Sanitation, dispensaries and jails vaccination Rajputana 1922-1927 - 1922-1927
Year: 1922
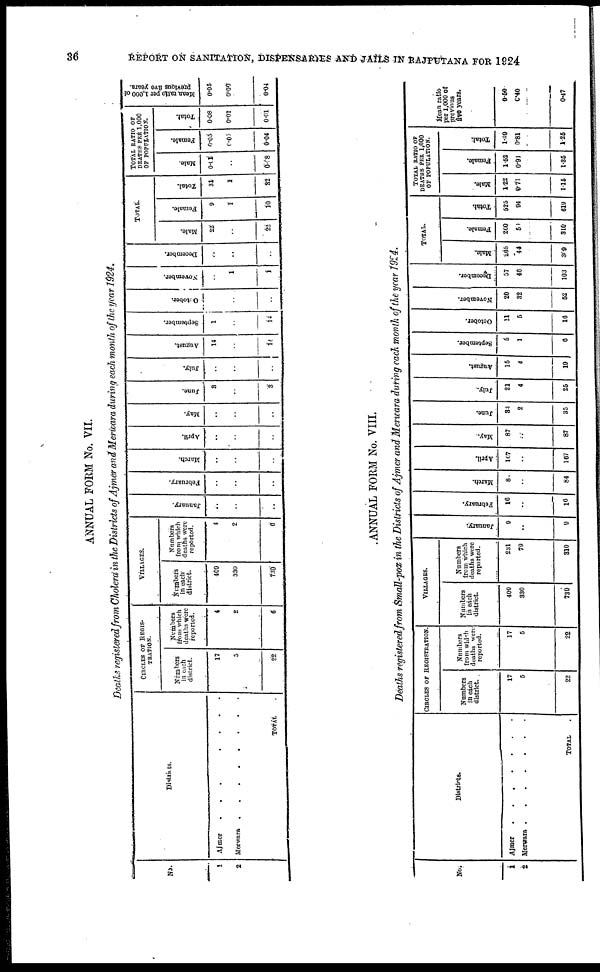
36
REPORT ON SANITATION, DISPENSARIES AND JAILS IN RAJPUTANA FOR 1924
ANNUAL FORM No. VII.
Deaths registered from Cholera in the Districts of Ajmer and Merwara during each month of the year 1924.
No.
1
2
Districts..
Ajmer. . . . . . .
Merwara . . . .
TOTAL .
CIRCLES OF REGIS¬
TRATION.
Numbers
in each
district.
17
5
22
Numbers
from which
deaths were
reported.
4
2
6
VILLAGES.
Numbers
in each
district.
409
330
739
Numbers
from which
deaths were
reported.
4
2
6
January.
..
..
..
February.
..
..
..
March.
..
..
..
April.
..
..
..
May.
..
..
..
June.
3
..
3
July.
..
..
..
August.
14
..
14
September.
1
..
14
October.
..
..
..
November.
..
1
1
December.
..
..
..
TOTAL.
Male.
22
..
22
Female.
9
1
10
Total.
31
1
32
TOTAL RATIO
OF DEATH PER1,000
OF POPULATION.
Male.
0.01
..
0.08
Female.
0.05
0.01
0.04
Total.
0.08
0.01
0.01
Mean, ratio per 1,000 of
previous five years.
0.05
0.00
0.04
ANNUAL FORM No. VIII.
Deaths registered from Small-pox in the Districts of Ajmer and Merwara during each month of the year 1924.
No.
1
2
District..
Ajmer.
.
.
.
.
.
Merwara . . . . . .
TOTAL.
CIRCLES OF REGISTRATION.
Numbers
in each
district.
17
5
22
Numbers
from which
deaths were
reported.
17
5
22
VILLAGES.
Numbers
in each
district.
409
330
739
Numbers
from which
deaths were
reported.
231
79
310
January.
9
..
9
February.
16
..
16
March.
84
..
84
April.
167
..
167
May.
87
..
87
June.
33
2
35
July.
21
4
25
August.
15
4
19
September.
5
1
6
October.
11
5
16
November.
20
32
52
December.
57
46
103
TOTAL.
Male.
265
44
309
Female.
260
50
310
Total
525
94
619
TOTAL RATIO OF
DEATHS PER 1,000
OF POPULATION.
Male.
1.22
0.71
1.15
Female.
1.52
0.91
1.35
Total.
1. 29
0.81
1.25
Mean ratio
per 1,000 of
previous
five years.
0.50
0.40
0.47